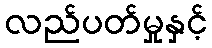
လည်ပတ်မှုနှင့်